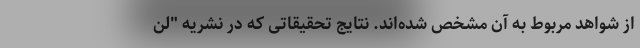
از شواهد مربوط به آن مشخص شده‌اند. نتایج تحقیقاتی که در نشریه "لن